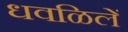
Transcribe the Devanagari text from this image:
धवळिलें